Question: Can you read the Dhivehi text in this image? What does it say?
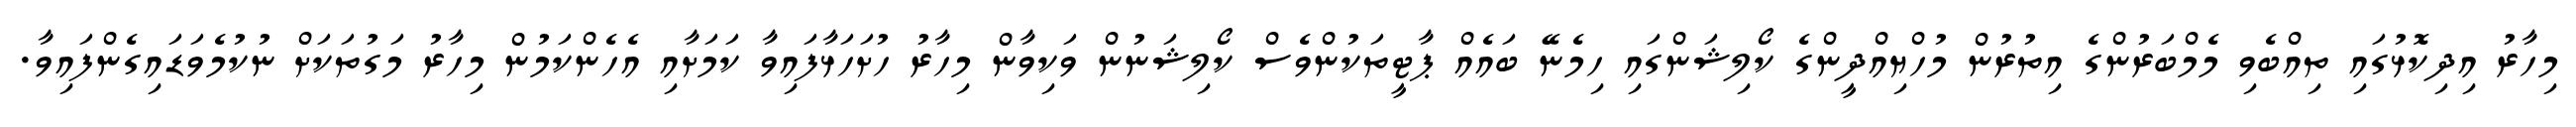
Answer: މިހާރު އިދިކޮޅުގައި ތިއްބެވި މެމްބަރުންގެ އިތުރުން މުހްޔިއްދީންގެ ކޯލިޝަންގައި ހިމެނޭ ބައެއް ޕާޓީތަކުންވެސް ކޯލިޝަނުން ވަކިވާން މިހާރު ހުށަހަޅާފައިވާ ކަމަށާއި އެހެންކަމުން މިހާރު މަގުތަކަށް ނުކުމެވަޑައިގެންފައިވާ.